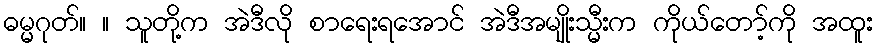
ဓမ္မဂုတ်။ ။ သူတို့က အဲဒီလို စာရေးရအောင် အဲဒီအမျိုးသ္မီးက ကိုယ်တော့်ကို အထူး